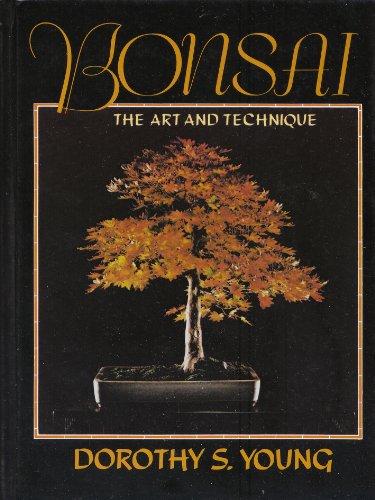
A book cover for Bonsai, the Art and Technique; Dorothy S. Young; Crafts, Hobbies & Home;